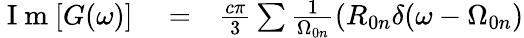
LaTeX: \begin{array}{rlr}{\mathrm{~I~m~}[G(\omega)]}&{{}=}&{\frac{c\pi}{3}\sum\frac{1}{\Omega_{0n}}(R_{0n}\delta(\omega-\Omega_{0n})}\end{array}